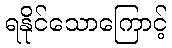
ရနိုင်သောကြောင့်